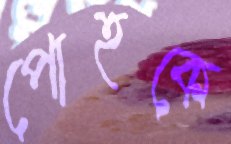
পোহকে